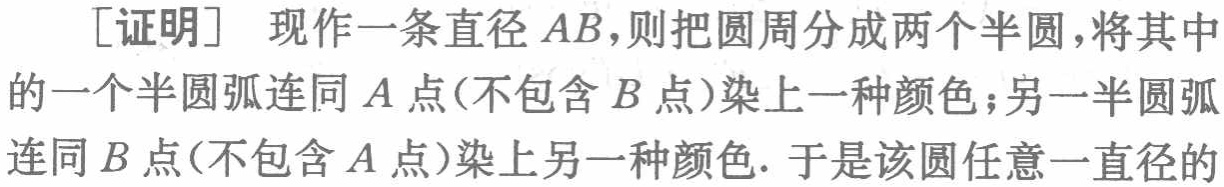
[证明] 现作一条直径 \(AB\)，则把圆周分成两个半圆，将其中的一个半圆弧连同 \(A\) 点(不包含 \(B\) 点)染上一种颜色；另一个半圆弧连同 \(B\) 点(不包含 \(A\) 点)染上另一种颜色. 于是该圆任意一直径的